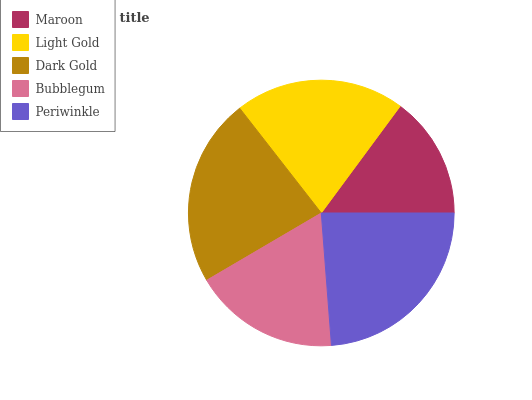
| Maroon | Light Gold | Dark Gold | Bubblegum | Periwinkle |
 | --- | --- | --- | --- | --- |
 | 14.9% | 20.7% | 22.9% | 17.8% | 23.7% |